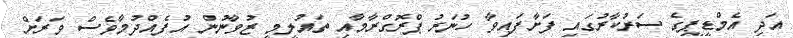
އަދި އެމްޑީޕީގެ ސަރުކާރުގައި ފަށާފައިވާ ހުނަރު ޕްރޮގްރާމާއި ތައުލީމީ ޒުވާނުން އުފެއްދުމާވެސް ވަރަށް